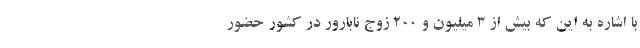
با اشاره به این که بیش از ۳ میلیون و ۲۰۰ زوج نابارور در کشور حضور